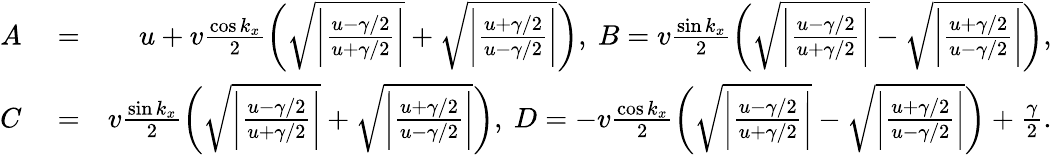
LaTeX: \begin{array}{rlr}{A}&{{}=}&{u+v\frac{\cos k_{x}}{2}\left(\sqrt{\bigg|\frac{u-\gamma/2}{u+\gamma/2}\bigg|}+\sqrt{\bigg|\frac{u+\gamma/2}{u-\gamma/2}\bigg|}\right),~B=v\frac{\sin k_{x}}{2}\left(\sqrt{\bigg|\frac{u-\gamma/2}{u+\gamma/2}\bigg|}-\sqrt{\bigg|\frac{u+\gamma/2}{u-\gamma/2}\bigg|}\right),}\\ {C}&{{}=}&{v\frac{\sin k_{x}}{2}\left(\sqrt{\bigg|\frac{u-\gamma/2}{u+\gamma/2}\bigg|}+\sqrt{\bigg|\frac{u+\gamma/2}{u-\gamma/2}\bigg|}\right),~D=-v\frac{\cos k_{x}}{2}\left(\sqrt{\bigg|\frac{u-\gamma/2}{u+\gamma/2}\bigg|}-\sqrt{\bigg|\frac{u+\gamma/2}{u-\gamma/2}\bigg|}\right)+\frac{\gamma}{2}.}\end{array}